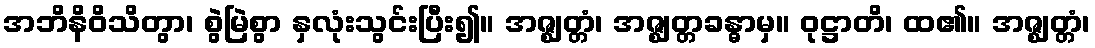
အဘိနိဝိသိတွာ၊ စွဲမြဲစွာ နှလုံးသွင်းပြီး၍။ အဇ္ဈတ္တံ၊ အဇ္ဈတ္တခန္ဓာမှ။ ဝုဋ္ဌာတိ၊ ထ၏။ အဇ္ဈတ္တံ၊